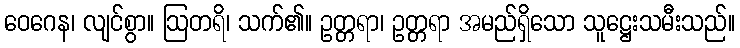
ဝေဂေန၊ လျင်စွာ။ ဩတရိ၊ သက်၏။ ဥတ္တရာ၊ ဥတ္တရာ အမည်ရှိသော သူဋ္ဌေးသမီးသည်။